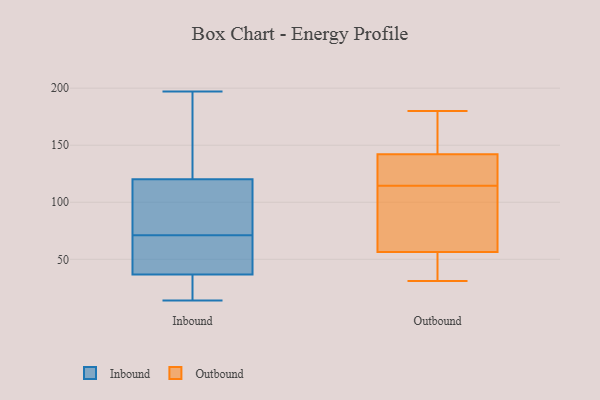
{"axis": {"x": "Temperature (°C)", "y": "Value"}, "legend": ["Inbound", "Outbound"], "data": [{"x": "", "y": 90, "type": "Inbound"}, {"x": "", "y": 30, "type": "Inbound"}, {"x": "", "y": 21, "type": "Inbound"}, {"x": "", "y": 58, "type": "Inbound"}, {"x": "", "y": 197, "type": "Inbound"}, {"x": "", "y": 87, "type": "Inbound"}, {"x": "", "y": 14, "type": "Inbound"}, {"x": "", "y": 17, "type": "Inbound"}, {"x": "", "y": 121, "type": "Inbound"}, {"x": "", "y": 36, "type": "Inbound"}, {"x": "", "y": 163, "type": "Inbound"}, {"x": "", "y": 39, "type": "Inbound"}, {"x": "", "y": 118, "type": "Inbound"}, {"x": "", "y": 152, "type": "Inbound"}, {"x": "", "y": 71, "type": "Inbound"}, {"x": "", "y": 61, "type": "Inbound"}, {"x": "", "y": 96, "type": "Inbound"}, {"x": "", "y": 57, "type": "Inbound"}, {"x": "", "y": 143, "type": "Inbound"}, {"x": "", "y": 33, "type": "Outbound"}, {"x": "", "y": 120, "type": "Outbound"}, {"x": "", "y": 114, "type": "Outbound"}, {"x": "", "y": 104, "type": "Outbound"}, {"x": "", "y": 180, "type": "Outbound"}, {"x": "", "y": 31, "type": "Outbound"}, {"x": "", "y": 67, "type": "Outbound"}, {"x": "", "y": 32, "type": "Outbound"}, {"x": "", "y": 137, "type": "Outbound"}, {"x": "", "y": 115, "type": "Outbound"}, {"x": "", "y": 155, "type": "Outbound"}, {"x": "", "y": 118, "type": "Outbound"}, {"x": "", "y": 75, "type": "Outbound"}, {"x": "", "y": 147, "type": "Outbound"}, {"x": "", "y": 46, "type": "Outbound"}, {"x": "", "y": 174, "type": "Outbound"}]}